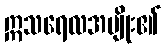
ဣသရေလအမျိုး၏